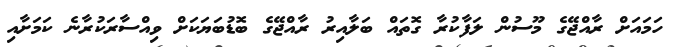
ހަމައަށް ރާއްޖޭގެ މޫސުން ލަފާކުރާ ގޮތައް ބަލާއިރު ރާއްޖޭގެ ބޮޑުބަޔަކަށް ވިއްސާރަކުރާނެ ކަމަށާއި